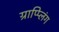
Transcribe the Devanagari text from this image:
ग्राप्प्लिंग